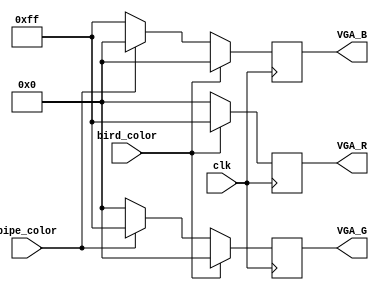
////////////////////////////////////////////////////////////
// Version:     1
// Description: Updates the pixel colors based on bird/pipes. 

module draw_game(input wire        clk,
						input wire        bird_color,
						input wire        pipe_color,
						output wire [7:0] VGA_R,
						output wire [7:0] VGA_G,
						output wire [7:0] VGA_B);
						
						
	reg [7:0]   red;
	reg [7:0]   green;
	reg [7:0]   blue;

	always @(posedge clk) begin
	
		if(bird_color == 1'b1) begin
			red   <= 8'hff;
			green <= 8'h00;
			blue  <= 8'h00;
		end
	
		else if(pipe_color == 1'b1) begin
			red   <= 8'h00;
			green <= 8'hff;
			blue  <= 8'h00;
		end	
		
		else begin
			red   <= 8'h00;
			green <= 8'h00;
			blue  <= 8'hff;
		end
	end					
	
	
   assign VGA_R = red;
   assign VGA_G = green;
   assign VGA_B = blue;	
						
endmodule